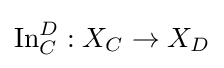
\operatorname {In} _{C}^{D}:X_{C}\to X_{D}